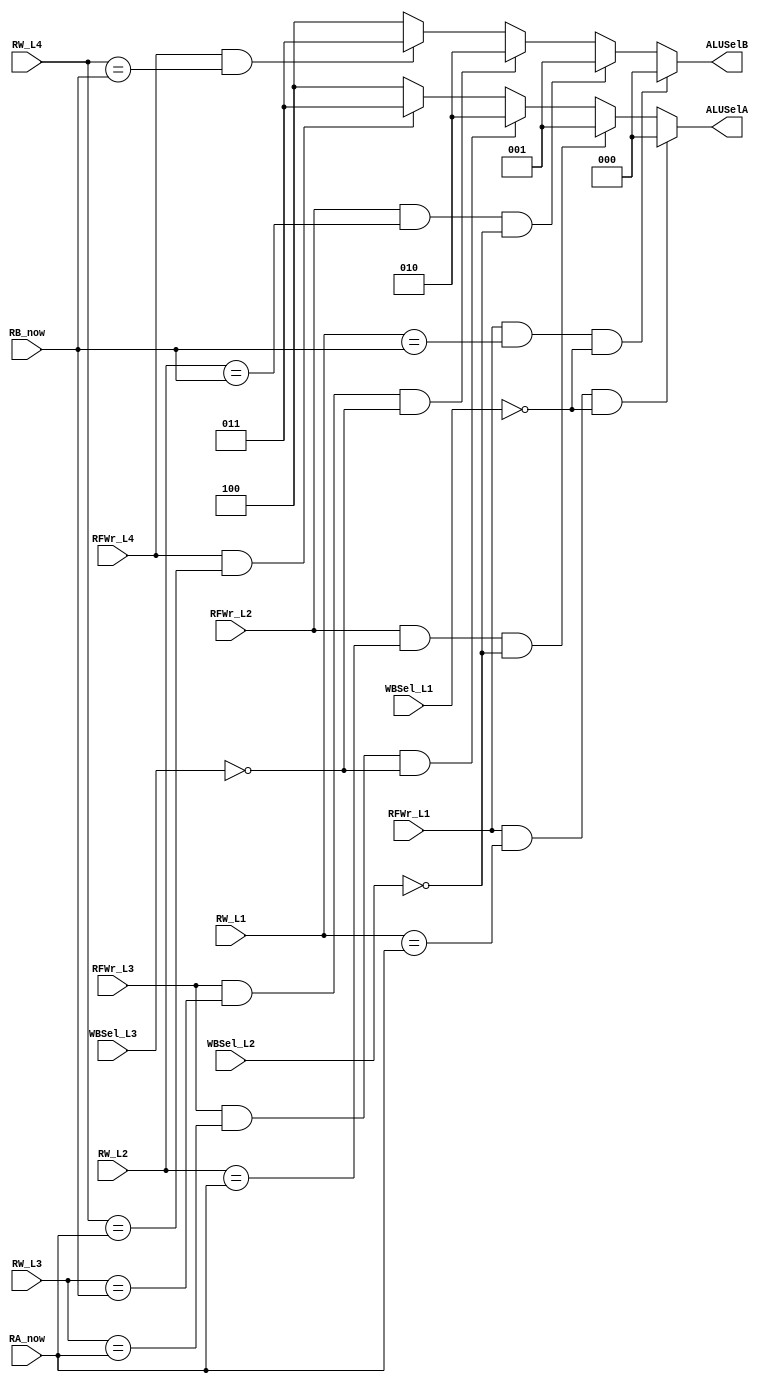
module Forward_for_ALU(
    RA_now,RB_now,
    RW_L1,WBSel_L1,RFWr_L1,
    RW_L2,WBSel_L2,RFWr_L2,
    RW_L3,WBSel_L3,RFWr_L3,
    RW_L4,RFWr_L4,
    ALUSelA,ALUSelB);
    input [4:0] RA_now,RB_now;
//    input IType;//whether ALU need RT. if IType, don't need

    input [4:0] RW_L1;//exe
    input [1:0] WBSel_L1;
    input RFWr_L1;

    input [4:0] RW_L2;//exp
    input [1:0] WBSel_L2;
    input RFWr_L2;

    input [4:0] RW_L3;//mem1
    input [1:0] WBSel_L3;
    input RFWr_L3;

    input [4:0] RW_L4;//mem2
    input RFWr_L4;

    
    output reg [2:0] ALUSelA,ALUSelB;
//A
    always @( RA_now
        or RW_L1 or WBSel_L1 or RFWr_L1 
        or RW_L2 or WBSel_L2 or RFWr_L2 
        or RW_L3 or WBSel_L3 or RFWr_L3 
        or RW_L4 or RFWr_L4 
    )
    begin
        if(RFWr_L1 && RW_L1==RA_now && WBSel_L1==2'b00)//last ins need ALUOut to write back
            ALUSelA = 3'b000;//ALUOut
        else if(RFWr_L2 && RW_L2==RA_now && WBSel_L2==2'b00)//last ins need ALUOut to write back
            ALUSelA = 3'b001;//ALUOut
        else if(RFWr_L3 && RW_L3==RA_now && WBSel_L3==2'b00)//last ins need ALUOut to write back
            ALUSelA = 3'b010;//ALUOut
        else if(RFWr_L4 && RW_L4==RA_now)
            ALUSelA = 3'b011;//WriteData_WB
        else
            ALUSelA = 3'b100;//from RF
    end
//B
    always @( RB_now
        or RW_L1 or WBSel_L1 or RFWr_L1 
        or RW_L2 or WBSel_L2 or RFWr_L2 
        or RW_L3 or WBSel_L3 or RFWr_L3 
        or RW_L4 or RFWr_L4 
    )
    begin
        if(RFWr_L1 && RW_L1==RB_now && WBSel_L1==2'b00)//last ins need ALUOut to write back
            ALUSelB = 3'b000;//ALUOut
        else if(RFWr_L2 && RW_L2==RB_now && WBSel_L2==2'b00)//last ins need ALUOut to write back
            ALUSelB = 3'b001;//ALUOut
        else if(RFWr_L3 && RW_L3==RB_now && WBSel_L3==2'b00)//last ins need ALUOut to write back
            ALUSelB = 3'b010;//ALUOut
        else if(RFWr_L4 && RW_L4==RB_now)
            ALUSelB = 3'b011;//WriteData_WB
        else
            ALUSelB = 3'b100;//from RF
    end

endmodule

module STALL(
    RA_now,RB_now,
    RW_L1,WBSel_L1,RFWr_L1,
    RW_L2,WBSel_L2,RFWr_L2,
    RW_L3,WBSel_L3,RFWr_L3,
    icache_valid,icache_valid_IF,icache_data_ok, //read_data
    dcache_valid,dcache_valid_MEM2,dcache_op_MEM2,dcache_addr_ok,dcache_data_ok, //read_data
    uncache_valid,uncache_valid_MEM1,uncache_op_MEM1,uncache_addr_ok,uncache_data_ok, //read_data
    MDU_busy,MFT,MUL,
    Stall_IF,Stall_ID,Stall_EXE,Stall_EXP,Stall_MEM1,Stall_MEM2
);
    input [4:0] RA_now,RB_now;

    input [4:0] RW_L1;
    input [1:0] WBSel_L1;
    input RFWr_L1;

    input [4:0] RW_L2;
    input [1:0] WBSel_L2;
    input RFWr_L2;

    input [4:0] RW_L3;
    input [1:0] WBSel_L3;
    input RFWr_L3;

    input MDU_busy;
    input MFT;
    input MUL;
    
    input icache_valid,icache_valid_IF,icache_data_ok;
    input dcache_valid,dcache_valid_MEM2,dcache_op_MEM2,dcache_addr_ok,dcache_data_ok;
    input uncache_valid,uncache_valid_MEM1,uncache_op_MEM1,uncache_addr_ok,uncache_data_ok;

    output Stall_IF,Stall_ID,Stall_EXE,Stall_EXP,Stall_MEM1,Stall_MEM2;

    reg Stall_Load_Use;
    reg Stall_MDU;
    reg Stall_MUL;
    
    wire Stall_Hazard;
    wire Stall_Daddr;
    wire Stall_Ddata;
    wire Stall_Udata;
    //output Stall_Hazard;
    //output Stall_Daddr;
    //output Stall_Ddata;
    //output Stall_Udata;
    //output Stall_Idata;
 
    assign Stall_Daddr = dcache_valid & !dcache_addr_ok;
    assign Stall_Ddata = dcache_valid_MEM2 & !dcache_op_MEM2 & !dcache_data_ok;
    assign Stall_Uaddr = uncache_valid & !uncache_addr_ok;
    assign Stall_Udata = uncache_valid_MEM1 & !uncache_op_MEM1 & !uncache_data_ok;
    assign Stall_Idata = icache_valid_IF & !icache_data_ok;
    assign Stall_Hazard = Stall_Load_Use | Stall_MDU;


    assign Stall_IF =   Stall_Hazard | Stall_Ddata | Stall_Daddr | Stall_Udata | Stall_Uaddr | Stall_Idata | Stall_MUL;
    assign Stall_ID =   Stall_Hazard | Stall_Ddata | Stall_Daddr | Stall_Udata | Stall_Uaddr | Stall_Idata | Stall_MUL;
    assign Stall_EXE =  Stall_Ddata | Stall_Daddr | Stall_Udata | Stall_Uaddr | Stall_MUL;
    assign Stall_EXP =  Stall_Ddata | Stall_Daddr | Stall_Udata | Stall_Uaddr ;
    assign Stall_MEM1 = Stall_Ddata | Stall_Daddr | Stall_Udata | Stall_Uaddr ;
    assign Stall_MEM2 = Stall_Ddata;

    always @(RFWr_L1 or RW_L1 or WBSel_L1 
        or RFWr_L2 or RW_L2 or WBSel_L2 
        or RFWr_L3 or RW_L3 or WBSel_L3 
        or RB_now or RA_now
    )
    begin
        if(RFWr_L1 && (RW_L1==RB_now || RW_L1==RA_now) && WBSel_L1 != 2'b00)
            Stall_Load_Use = 1;//last
        else  if(RFWr_L2 && (RW_L2==RB_now || RW_L2==RA_now) && WBSel_L2 != 2'b00)
            Stall_Load_Use = 1;//last but one
        else  if(RFWr_L3 && (RW_L3==RB_now || RW_L3==RA_now) && WBSel_L3 != 2'b00)
            Stall_Load_Use = 1;//last but 2
        else
            Stall_Load_Use = 0;
    end

    always @(MDU_busy or MFT)
    begin
        if(MFT & MDU_busy)
            Stall_MDU = 1;
        else
            Stall_MDU = 0;
    end

    always @(MDU_busy or MUL)
    begin
        if(MUL & MDU_busy)
            Stall_MUL = 1;
        else
            Stall_MUL = 0;
    end


endmodule